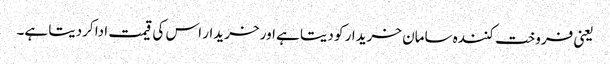
یعنی فروخت کنندہ سامان خریدار کو دیتا ہے اور خریدار اس کی قیمت ادا کردیتا ہے۔